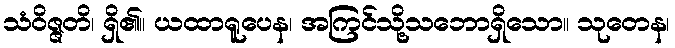
သံဝိဇ္ဇတိ၊ ရှိ၏။ ယထာရူပေန၊ အကြင်သို့သဘောရှိသော။ သုတေန၊